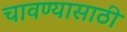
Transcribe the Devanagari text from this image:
चावण्यासाठी